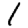
Digit: 1